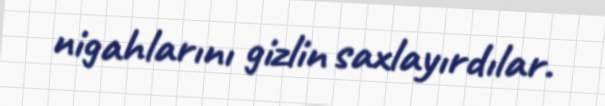
nigahlarını gizlin saxlayırdılar.